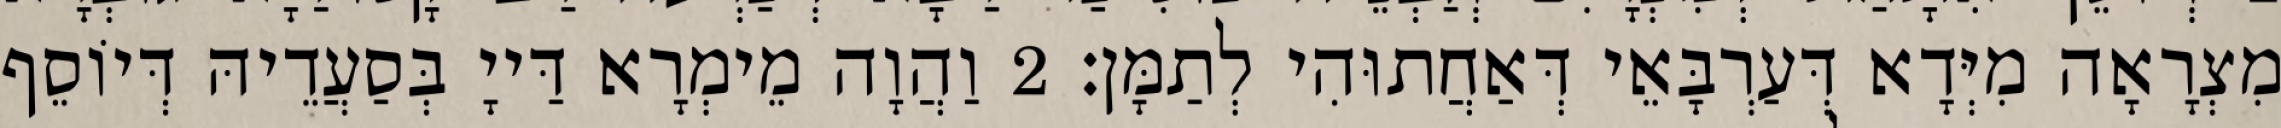
מִצְרָאָה מִיְּדָא דְּעַרְבָּאֵי דְּאַחֲתוּהִי לְתַמָּן׃ 2 וַהֲוָה מֵימְרָא דַּייָ בְּסַעֲדֵיהּ דְּיוֹסֵף